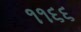
૧૧૬૬